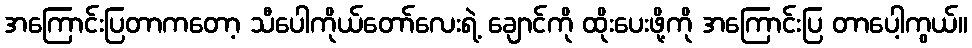
အကြောင်းပြတာကတော့ သီပေါကိုယ်တော်လေးရဲ့ ချောင်ကို ထိုးပေးဖို့ကို အကြောင်းပြ တာပေါ့ကွယ်။